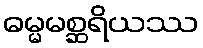
ဓမ္မမစ္ဆရိယဿ